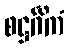
စဋ္ဌင်္ဂိကံ